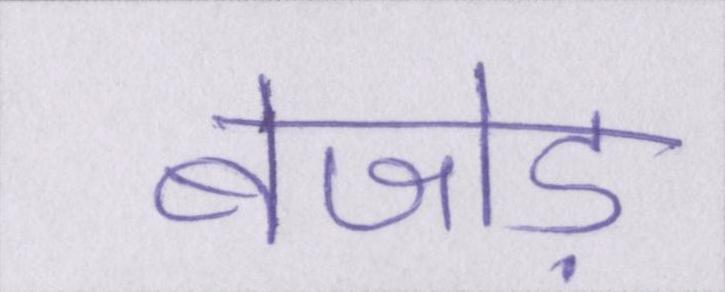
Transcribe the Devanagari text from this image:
बेजोड़